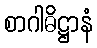
စာဂါဓိဋ္ဌာနံ